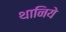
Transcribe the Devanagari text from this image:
थानिये